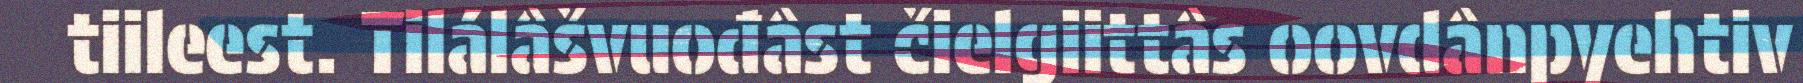
tiileest. Tilálâšvuođâst čielgiittâs oovdânpyehtiv